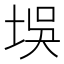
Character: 𪣘